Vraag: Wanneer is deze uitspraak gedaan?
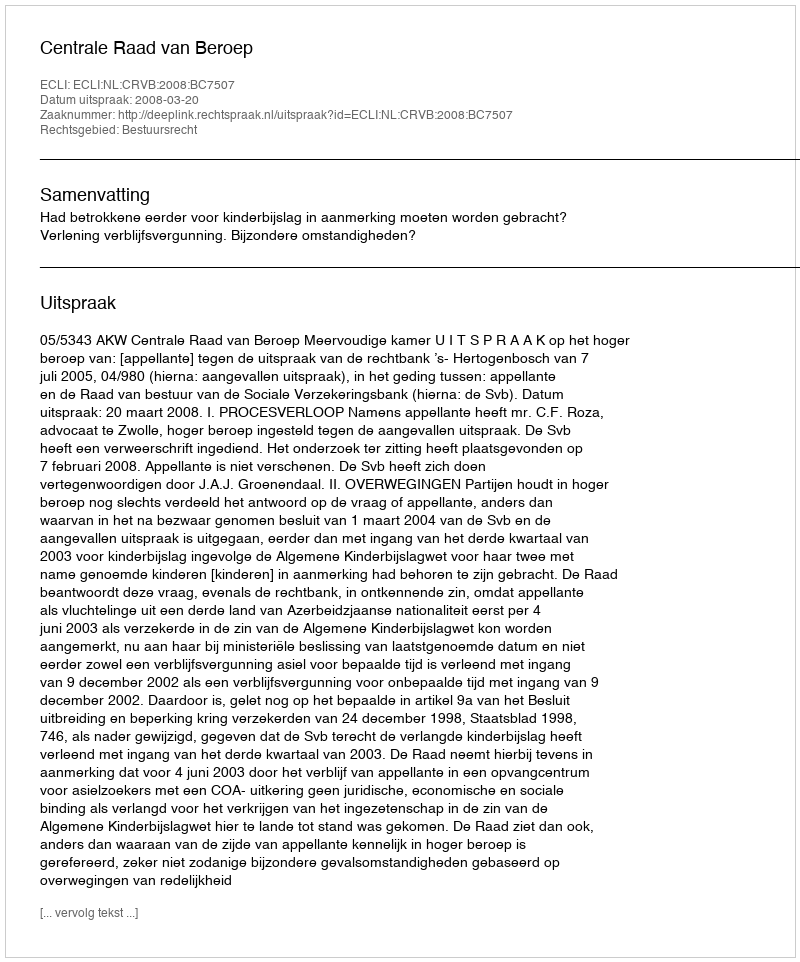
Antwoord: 2008-03-20